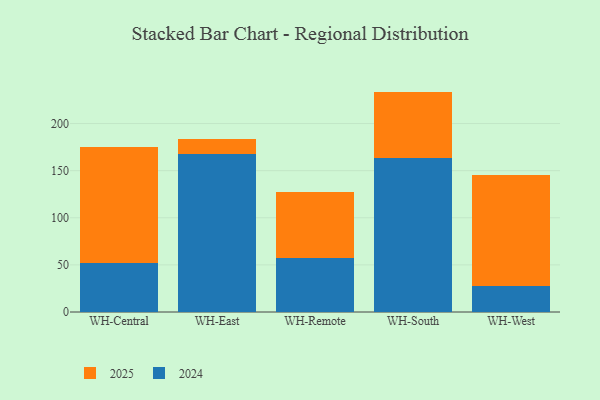
{"axis": {"x": "Warehouse", "y": "Latency (ms)"}, "legend": ["2024", "2025"], "data": [{"x": "WH-Central", "y": 122.7, "type": "2025"}, {"x": "WH-Central", "y": 52.1, "type": "2024"}, {"x": "WH-East", "y": 16.4, "type": "2025"}, {"x": "WH-East", "y": 167.7, "type": "2024"}, {"x": "WH-Remote", "y": 70.0, "type": "2025"}, {"x": "WH-Remote", "y": 57.8, "type": "2024"}, {"x": "WH-South", "y": 70.7, "type": "2025"}, {"x": "WH-South", "y": 163.2, "type": "2024"}, {"x": "WH-West", "y": 117.5, "type": "2025"}, {"x": "WH-West", "y": 27.6, "type": "2024"}]}